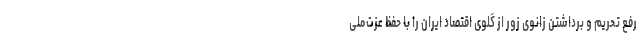
رفع تحریم و برداشتن زانوی زور از گلوی اقتصاد ایران را با حفظ عزت‌ملی